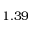
1 . 3 9